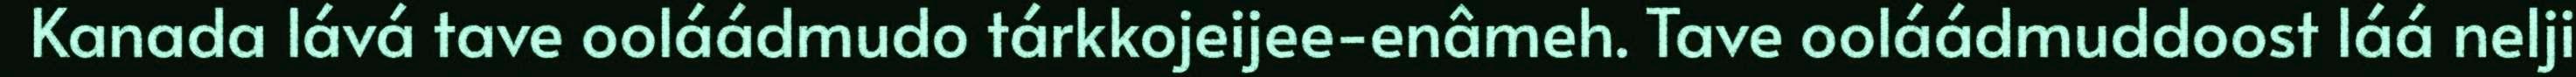
Kanada lává tave ooláádmudo tárkkojeijee-enâmeh. Tave ooláádmuddoost láá nelji